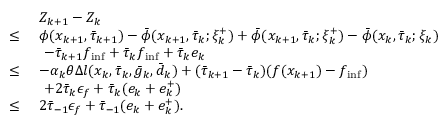
\begin{array} { r l } & { Z _ { k + 1 } - Z _ { k } } \\ { \leq \ } & { \phi ( x _ { k + 1 } , \bar { \tau } _ { k + 1 } ) - \bar { \phi } ( x _ { k + 1 } , \bar { \tau } _ { k } ; \xi _ { k } ^ { + } ) + \bar { \phi } ( x _ { k + 1 } , \bar { \tau } _ { k } ; \xi _ { k } ^ { + } ) - \bar { \phi } ( x _ { k } , \bar { \tau } _ { k } ; \xi _ { k } ) } \\ & { \ - \bar { \tau } _ { k + 1 } f _ { \operatorname* { i n f } } + \bar { \tau } _ { k } f _ { \operatorname* { i n f } } + \bar { \tau } _ { k } e _ { k } } \\ { \leq \ } & { - \alpha _ { k } \theta \Delta l ( x _ { k } , \bar { \tau } _ { k } , \bar { g } _ { k } , \bar { d } _ { k } ) + ( \bar { \tau } _ { k + 1 } - \bar { \tau } _ { k } ) ( f ( x _ { k + 1 } ) - f _ { \operatorname* { i n f } } ) } \\ & { \ + 2 \bar { \tau } _ { k } \epsilon _ { f } + \bar { \tau } _ { k } ( e _ { k } + e _ { k } ^ { + } ) } \\ { \leq \ } & { 2 \bar { \tau } _ { - 1 } \epsilon _ { f } + \bar { \tau } _ { - 1 } ( e _ { k } + e _ { k } ^ { + } ) . } \end{array}